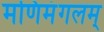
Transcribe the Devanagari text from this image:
मणिमंगलम्